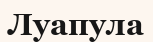
Луапула